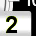
Digit: 2